Vaccine operations Central Provinces 1886-1899 - 1886-1899
Year: 1886
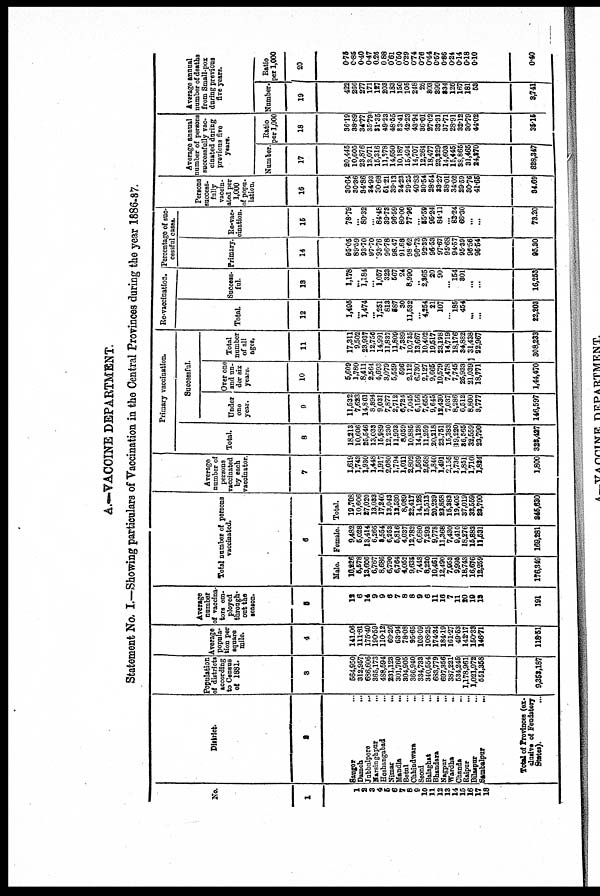
A.—VACCINE DEPARTMENT.
Statement No. I.—Showing particulars of Vaccination in the Central Provinces during the year 1886-87.
No.
1
1
2
3
4
5
6
7
8
9
10
11
12
13
14
15
16
17
18
District.
2
Saugor ...
Damon
...
Jubbnlpore ...
Narsinghpur
...
Hoshangabad
...
Nimar
...
Mandla
...
Betul ...
Chhindwara ...
Seoni ...
Balaghat ...
Bhandara
...
Nagpur ...
Wardha ...
Chanda
...
Raipur
...
Bilsapur ...
Sambalpur
...
Total of Provinces (ex¬
clusive of Feudatory
States).
Population
of districts
according
to Census
of 1881.
3
564,950
312,957
686,606
365,173
488,594
231,123
301,760
304,905
366,940
334,733
340,554
683,779
697,356
387,221
534,245
1,178,961
1,021,972
551,358
9,353,187
Average
popula-
tion per
square
mile.
4
141.06
111.81
175.40
190.59
110.12
69.26
63.94
78.08
95.65
103.09
108.25
174.34
184.19
161.27
49.53
142.17
150.33
146.71
118.51
Average
number
of vaccina¬
tors em-
ployed
through-
out the
season.
8
12
6
14
9
9
6
7
8
8
9
6
11
16
7
11
20 19
13
191
Total number of persons
vaccinated.
6
Male.
10,226
5,578
13,606
6,767
8,686
6,790
6,764
4,052
9,635
7,448
8,220
10,461
12,490
7,953
9,995
18,743
16,676
12,259
176,349
Female.
9,482
5,028
13,414
6,266
8,554
6,253
5,816
4,037
12,782
6,680
7,293
9,778
11,368
7,430
9,410
18,276
15,883
11,531
169,281
Total.
19,708
10,606
27,020
13,033
17,240
13,043
12,580
8,089
22,417
14,128
15,513
120,239
23,858
15,383
19,405
37,019
32,559
23,790
345,630
Average
number of
persons
vaccinated
by each
vaccinator.
7
1,619
1,743
1,930
1,448
1,917
2,080
1,794
1,011
2,802
1,569
2,568
1,840
1,491
2,155
1,736
1,851
1,710
1,824
1,800
Primary vaccination.
Total.
8
18,213
10,606
25,546
13,033
15,989
12,230
11,993
8,059
10,885
14,128
11,259
20,218
23,751
15,383
19,220
36,565
32,559
23,790
323,427
Successful.
Under
one
year.
9
11,532
7,623
14,861
8,894
9,031
7,877
2,712
6,724
7,045
6,156
7,655
9,645
12,430
7,037
8,286
6,512
8,800
3,777
146,597
Over one
and un-
der six
years.
10
5,609
1,780
8,411
2,564
4,693
3,079
5,559
596
2,112
6,730
2,127
9,665
10,579
7,478
7,745
25,933
21,039
18,771
1,44,470
Total
number
of all
ages.
11
17,311
9,502
23,937
12,756
14,991
11,837
11,809
7,389
10,735
13,667
10,402
19,517
23,198
14,719
18,176
34,882
31,438
22,967
308,233
Re-vaccination.
Total.
12
1,495
...
1,474
...
1,251
813
587
30
11,532
...
4,254
21
107
...
185
454
...
...
22,203
Success-
ful.
13
1,178
...
1,184
...
1,057
323
567
24
8,990
...
2,365
20
90
...
154
301
...
...
16,253
Percentage of suc¬
cessful cases.
Primary.
14
95.05
89.59
93.70
97.70
93.76
96.78
98.47
91.68
98.62
96.73
92.39
96.53
97.67
95.68
94.57
95.39
96.56
96.54
95.30
Re-vac-
cination.
15
78.79
...
80.32
...
84.48
39.73
96.59
80.00
77.96
...
55.59
95.24
84.11
...
83.24
66.30
...
...
73.20
Persons
success¬
fully
vaccin-
ated per
1,000
of popu-
lation.
16
30.64
30.36
84.86
34.93
30.68
51.21
39.13
24.23
29.25
40.83
30.54
28.54
33.27
38.01
34.02
29.59
30.76
41.65
34.69
Average annual
number of persons
successfully vac-
cinated during
previous five
years.
Number
17
20,445
10,605
23,876
13,071
15,316
11,378
14,650
10,187
15,494
14,707
12,264
18,477
23,229
14,603
15,445
38,865
31,465
24,270
328,347
Ratio
per 1,000
18
36.19
38.89
34.77
35.79
31.35
49.23
48.55
83.41
42.23
43.94
36.01
27.02
33.31
37.71
28.91
32.12
30.79
44.02
35.15
Average annual
number of deaths
from Small-pox
during previous
five years.
Number.
19
422
266
277
171
127
203
183
150
105
248
26
303
399
334
126
167
181
53
3,741
Ratio
per 1,000
20
0.75
0.85
0.40
0.47
0.26
0.88
0.61
0.50
0.29
0.74
0.76
0.44
0.57
0.86
0.24
0.14
0.18
0.10
0.40